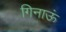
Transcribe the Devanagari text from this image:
गिनाऊं